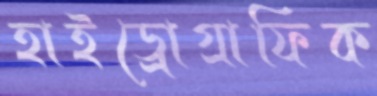
হাইড্রোগ্রাফিক